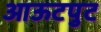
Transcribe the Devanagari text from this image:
आऊटपुट